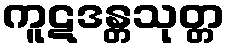
ကူဋဒန္တသုတ္တ